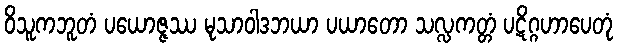
ဝိသူကဘူတံ ပယောဇ္ဇဿ မုသာဝါဒဘယာ ပယာတော သလ္လကတ္တံ ပဋိဂ္ဂဟာပေတုံ